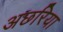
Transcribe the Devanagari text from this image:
अछरिया